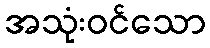
အသုံးဝင်သော